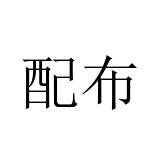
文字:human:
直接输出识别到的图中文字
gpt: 配布